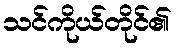
သင်ကိုယ်တိုင်၏